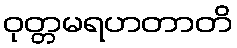
ဝုတ္တမရဟတာတိ